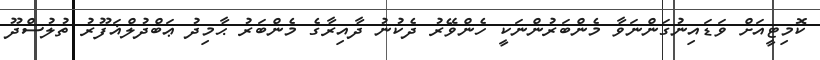
ކޮމިޓީއަށް ވަޑައިނުގަންނަވާ މެންބަރުންނަކީ ހެންވޭރު ދެކުނު ދާއިރާގެ މެންބަރު ޙާމިދު ޢަބްދުލްޣަފޫރު ތުލުސްދޫ